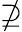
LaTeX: \nsupseteq